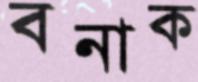
বনাক